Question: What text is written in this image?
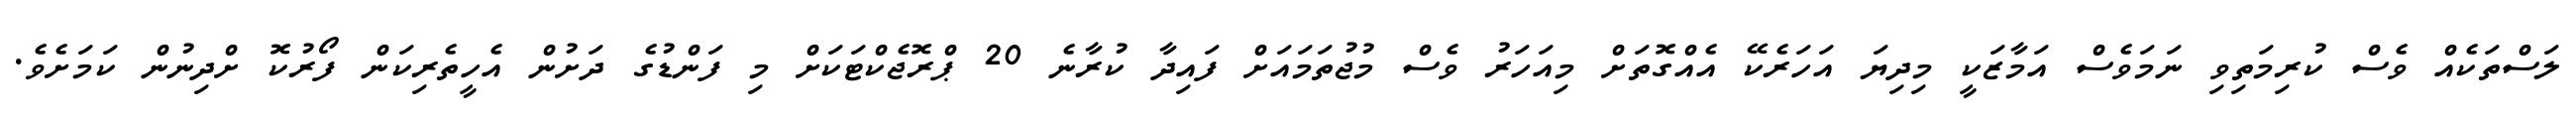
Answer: ލަސްތަކެއް ވެސް ކުރިމަތިވި ނަމަވެސް އަމާޒަކީ މިދިޔަ އަހަރެކޭ އެއްގޮތަށް މިއަހަރު ވެސް މުޖުތަމައަށް ފައިދާ ކުރާނެ 20 ޕްރޮޖެކްޓަކަށް މި ފަންޑުގެ ދަށުން އެހީތެރިކަން ފޯރުކޮ ށްދިނުން ކަމަށެވެ.